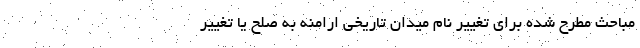
مباحث مطرح شده برای تغییر نام میدان تاریخی ارامنه به صلح یا تغییر